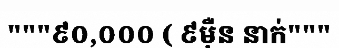
"""៩០,០០០ ( ៩ម៉ឺន នាក់"""